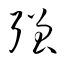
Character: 強